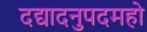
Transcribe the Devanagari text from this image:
दद्यादनुपदमहो